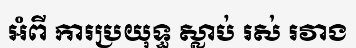
អំពី ការប្រយុទ្ធ ស្លាប់ រស់ រវាង